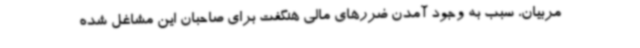
مربیان، سبب به وجود آمدن ضررهای مالی هنگفت برای صاحبان این مشاغل شده